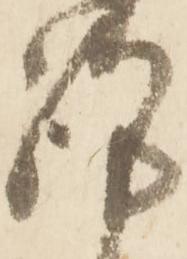
謹